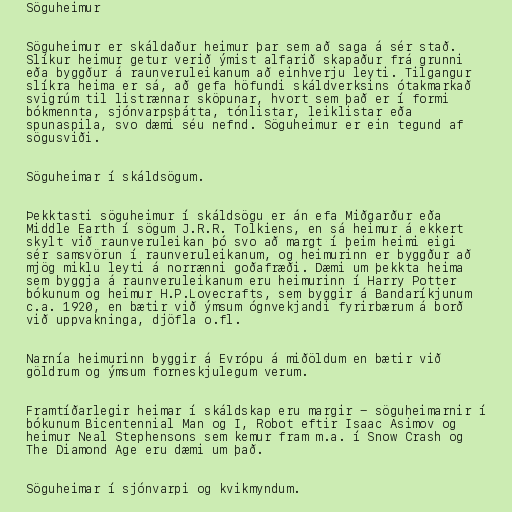
Söguheimur

Söguheimur er skáldaður heimur þar sem að saga á sér stað.
Slíkur heimur getur verið ýmist alfarið skapaður frá grunni
eða byggður á raunveruleikanum að einhverju leyti. Tilgangur
slíkra heima er sá, að gefa höfundi skáldverksins ótakmarkað
svigrúm til listrænnar sköpunar, hvort sem það er í formi
bókmennta, sjónvarpsþátta, tónlistar, leiklistar eða
spunaspila, svo dæmi séu nefnd. Söguheimur er ein tegund af
sögusviði.

Söguheimar í skáldsögum.

Þekktasti söguheimur í skáldsögu er án efa Miðgarður eða
Middle Earth í sögum J.R.R. Tolkiens, en sá heimur á ekkert
skylt við raunveruleikan þó svo að margt í þeim heimi eigi
sér samsvörun í raunveruleikanum, og heimurinn er byggður að
mjög miklu leyti á norrænni goðafræði. Dæmi um þekkta heima
sem byggja á raunveruleikanum eru heimurinn í Harry Potter
bókunum og heimur H.P.Lovecrafts, sem byggir á Bandaríkjunum
c.a. 1920, en bætir við ýmsum ógnvekjandi fyrirbærum á borð
við uppvakninga, djöfla o.fl.

Narnía heimurinn byggir á Evrópu á miðöldum en bætir við
göldrum og ýmsum forneskjulegum verum.

Framtíðarlegir heimar í skáldskap eru margir - söguheimarnir í
bókunum Bicentennial Man og I, Robot eftir Isaac Asimov og
heimur Neal Stephensons sem kemur fram m.a. í Snow Crash og
The Diamond Age eru dæmi um það.

Söguheimar í sjónvarpi og kvikmyndum.